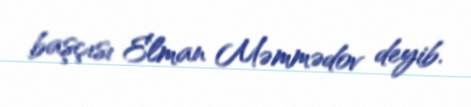
başçısı Elman Məmmədov deyib.